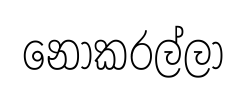
නොකරල්ලා